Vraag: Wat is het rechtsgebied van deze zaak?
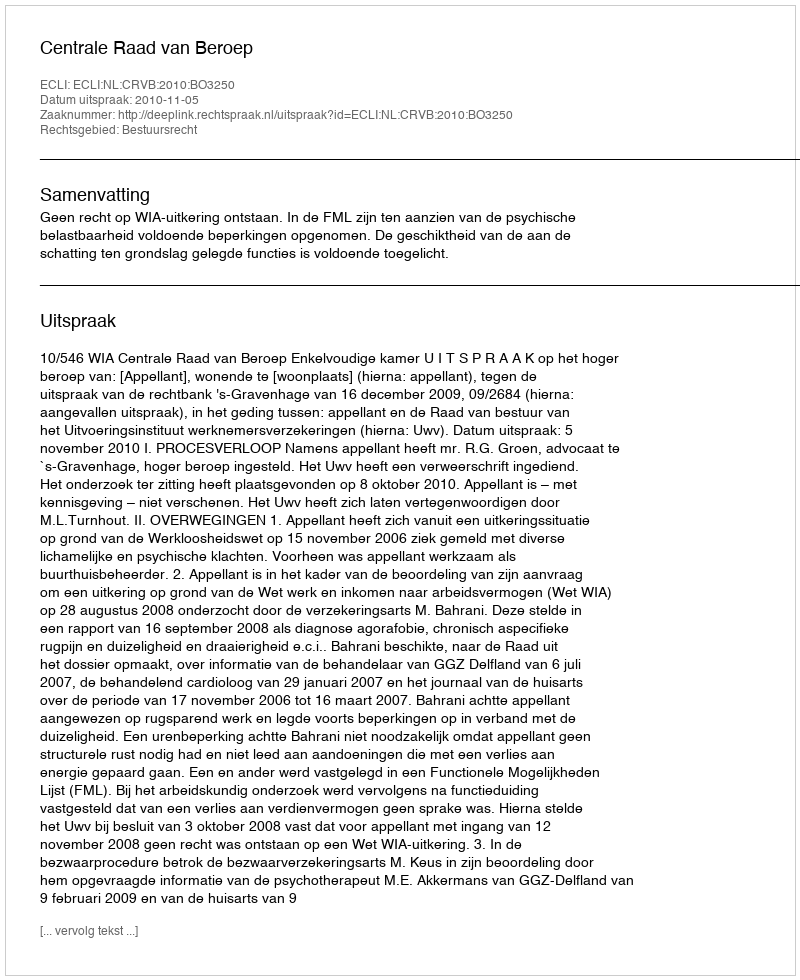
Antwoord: Bestuursrecht